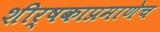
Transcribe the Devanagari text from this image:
शीर्षकाप्रमाणेच